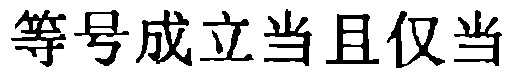
等号成立当且仅当